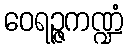
ဝေရဉ္ဇကဏ္ဍံ